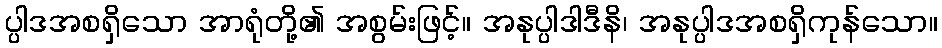
ပ္ပါဒအစရှိသော အာရုံတို့၏ အစွမ်းဖြင့်။ အနုပ္ပါဒါဒီနိ၊ အနုပ္ပါဒအစရှိကုန်သော။